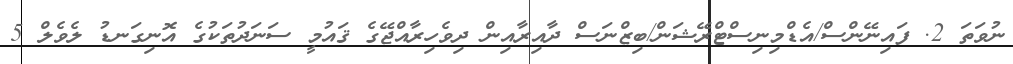
ނުވަތަ 2. ފައިނޭންސް/އެޑްމިނިސްޓްރޭޝަން/ބިޒްނަސް ދާއިރާއިން ދިވެހިރާއްޖޭގެ ޤައުމީ ސަނަދުތަކުގެ އޮނިގަނޑު ލެވެލް 5